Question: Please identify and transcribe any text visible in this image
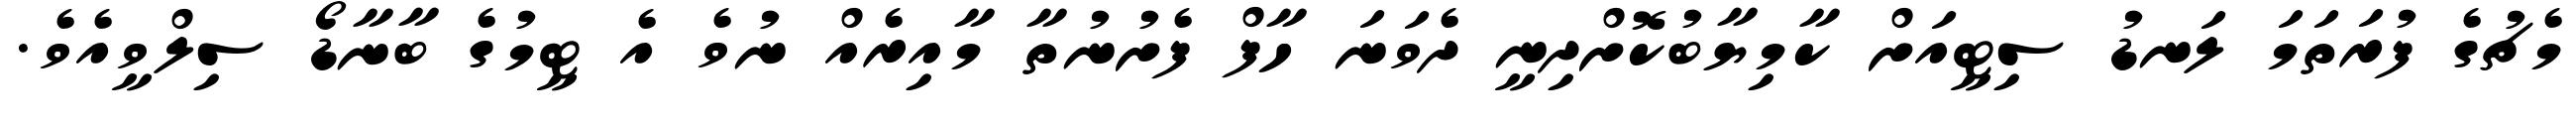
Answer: މެޗުގެ ފުރަތަމަ ލަނޑު ސިޓީއަށް ކާމިޔާބުކޮށްދިނީ ދެވަނަ ހާފް ފެށުނުތާ މާއިރެއް ނުވެ އެ ޓީމުގެ ބާނާޑޯ ސިލްވީއެވެ.